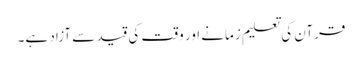
قرآن کی تعلیم زمانے اور وقت کی قید سے آزاد ہے۔